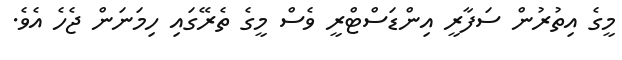
މީގެ އިތުރުން ސަފާރީ އިންޑަސްޓްރީ ވެސް މީގެ ތެރޭގައި ހިމަނަން ޖެހެ އެވެ.